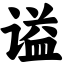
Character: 谥